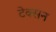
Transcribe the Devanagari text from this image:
टेक्सन